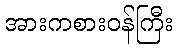
အားကစားဝန်ကြီး